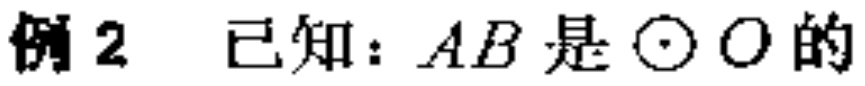
例2 已知：$AB$是$\odot O$的